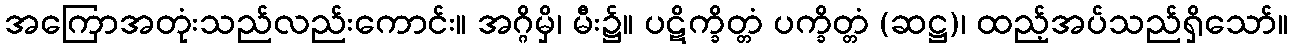
အကြောအတုံးသည်လည်းကောင်း။ အဂ္ဂိမှိ၊ မီး၌။ ပဋိက္ခိတ္တံ ပက္ခိတ္တံ (ဆဋ္ဌ)၊ ထည့်အပ်သည်ရှိသော်။